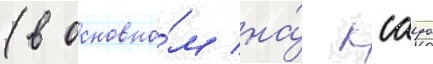
(в основно́м на́ ксауо